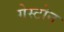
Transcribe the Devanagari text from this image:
गेस्टोन